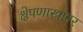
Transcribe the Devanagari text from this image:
क्षेपणास्त्रांवर